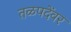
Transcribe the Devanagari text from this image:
तळपदेंवर